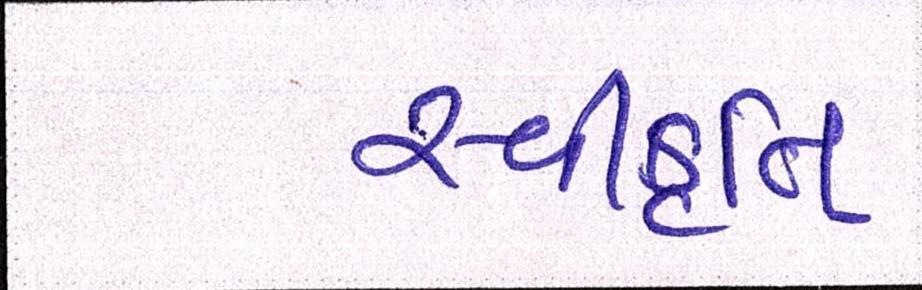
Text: સ્વીકૃતિ